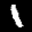
Label: 1